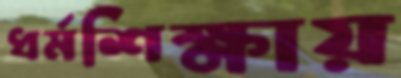
ধর্মশিক্ষায়